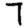
Digit: 7